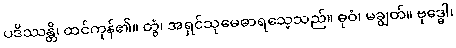
ပဒိဿန္တိ၊ ထင်ကုန်၏။ တွံ၊ အရှင်သုမေဓာရသေ့သည်။ ဓုဝံ၊ မချွတ်။ ဗုဒ္ဓေါ၊